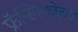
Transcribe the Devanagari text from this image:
फ्रॅन्सिस्कोच्या